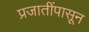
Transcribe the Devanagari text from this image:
प्रजातींपासून